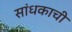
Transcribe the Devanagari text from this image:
सांधकाची